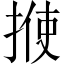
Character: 𪮈